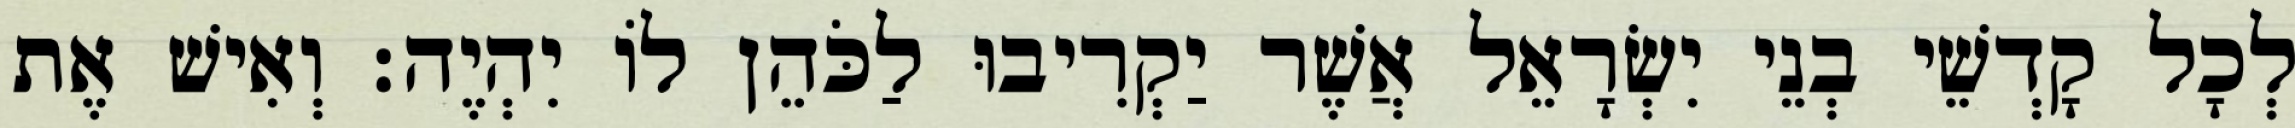
לְכָל קָדְשֵׁי בְנֵי יִשְׂרָאֵל אֲשֶׁר יַקְרִיבוּ לַכֹּהֵן לוֹ יִהְיֶה׃ וְאִישׁ אֶת